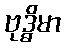
ဗုဒ္ဓိမာ